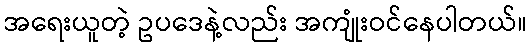
အရေးယူတဲ့ ဥပဒေနဲ့လည်း အကျုံးဝင်နေပါတယ်။